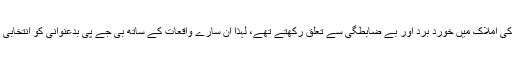
یہ سارے معاملے حکومت کی املاک میں خورد برد اور بے ضابطگی سے تعلق رکھتے تھے، لہذا ان سارے واقعات کے ساتھ بی جے پی بدعنوانی کو انتخابی ایشو بنانے میں ناکام ہوگئی۔